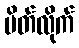
ပိတ်လိုက်